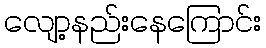
လျော့နည်းနေကြောင်း